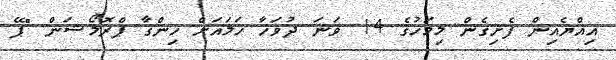
އިއްޔެއިން ފެށިގެން މިމަހުގެ 14 ވަނަ ދުވަހާ ހަމައަށް ހިންގާ ޕްރޮމޯޝަން "ޕޭ